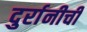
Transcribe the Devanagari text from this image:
दुर्रानीची